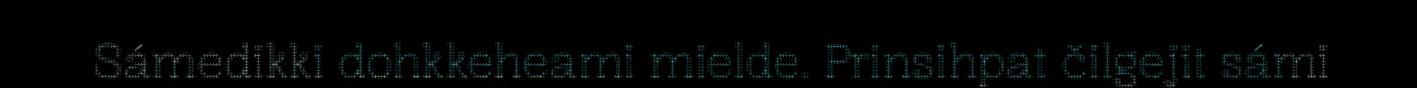
Sámedikki dohkkeheami mielde. Prinsihpat čilgejit sámi